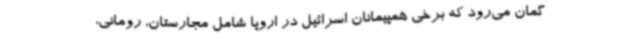
گمان می‌رود که برخی همپیمانان اسرائیل در اروپا شامل مجارستان، رومانی،